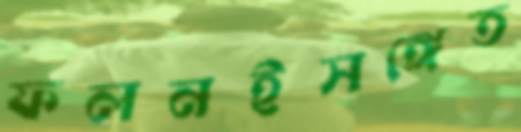
ফলনইসঙ্গেত